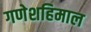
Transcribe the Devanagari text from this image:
गणेशहिमाल